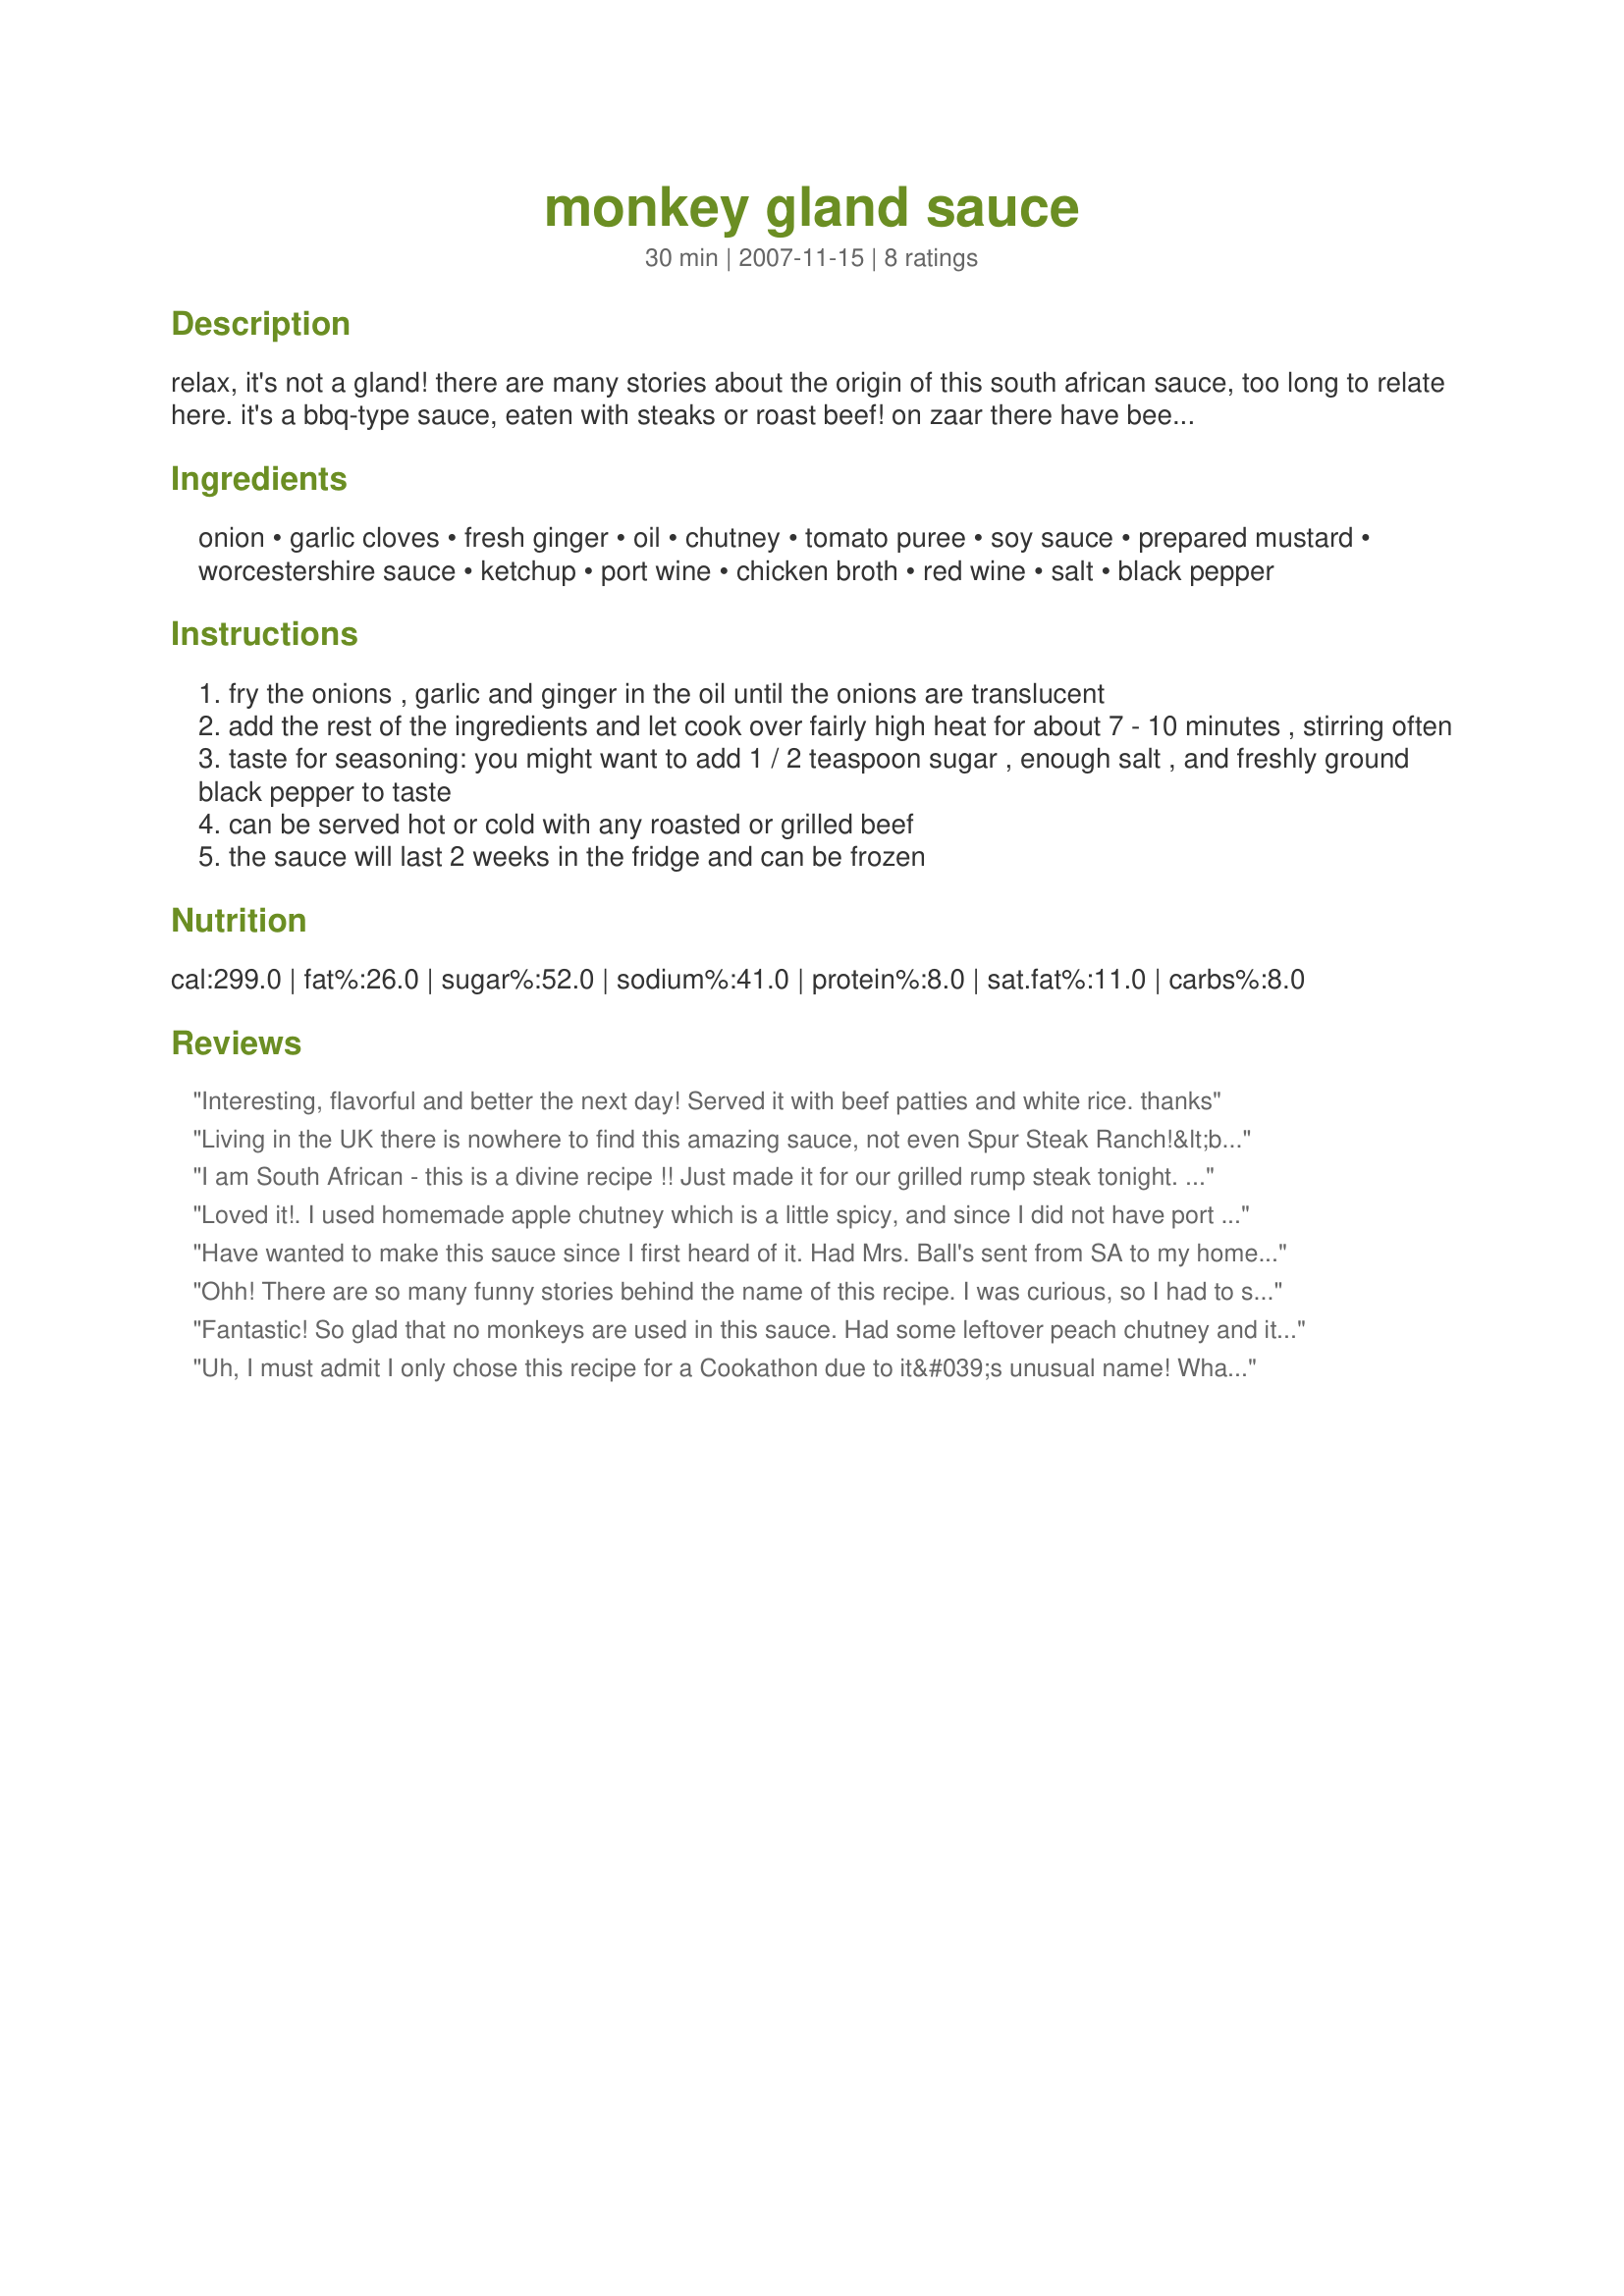
monkey gland sauce
Preparation time: 30 minutes

relax, it's not a gland! there are many stories about the origin of this south african sauce, too long to relate here. it's a bbq-type sauce, eaten with steaks or roast beef! on zaar there have been several puzzled questions and hearty laughs when this sauce is mentioned, so it's high time zaar had at least one variation of monkey gland in its repertoire! in almost every steakhouse in south africa you can request monkey gland sauce with your grilled steak ...

Ingredients:
onion, garlic cloves, fresh ginger, oil, chutney, tomato puree, soy sauce, prepared mustard, worcestershire sauce, ketchup, port wine, chicken broth, red wine, salt, black pepper

Steps:
fry the onions , garlic and ginger in the oil until the onions are translucent
add the rest of the ingredients and let cook over fairly high heat for about 7 - 10 minutes , stirring often
taste for seasoning: you might want to add 1 / 2 teaspoon sugar , enough salt , and freshly ground black pepper to taste
can be served hot or cold with any roasted or grilled beef
the sauce will last 2 weeks in the fridge and can be frozen

Reviews:
Interesting, flavorful and better the next day! Served it with beef patties and white rice. thanks
Living in the UK there is nowhere to find this amazing sauce, not even Spur Steak Ranch!&lt;br/&gt;So to find this recipe was a real hit at the dinner table.
I am South African - this is a divine recipe !! Just made it for our grilled rump steak tonight. I did not have red wine but used 3tbsp of rice wine instead and Mrs Ball&#039;s chutney (of course !) It is lovely - the best that I have ever tasted in my life. Big Thanks
Loved it!. I used homemade apple chutney which is a little spicy, and since I did not have port wine I used all red-We used it for dipping fried chicken tenders. I think the best part was when my DH asked what it was after he had tasted it and his next bite was &quot;mid-air&quot;. I said &quot;Monkey Gland Sauce&quot; and he froze. After a good giggle I explained the name-I got a few odd looks but he really liked it as much as I did. A keeper for sure!
Have wanted to make this sauce since I first heard of it. Had Mrs. Ball's sent from SA to my home in Siberia just to make this recipe. Turned out great, though I used sweet Georgian wine instead of the Port and Muscadel. Paired with Suya (Nigerian BBQ w/peanuts) and it worked great! Thanks for the recipe!
Ohh! There are so many funny stories behind the name of this recipe. I was curious, so I had to search in the internet.<br/>Really good, with my turkey leftovers (breast roasted and then cooked at low temperature for 3 hours!). I can imagine that this would fit with many other kind of meat.<br/>South Africa is a big Country with a myriad different culinary influences and I believe that this recipe is one of the results of such a multi-cults cuisine. <br/>I'm glad I found this recipe, I tagged this for a game and this was exactly what I needed.<br/>Thanks Zurie for introducing us in such a wonderful world!
Fantastic! So glad that no monkeys are used in this sauce. Had some leftover peach chutney and it worked beautifully in your sauce. I marinated some bnls chicken breasts for about half an hour & then DH set them on the grill. Served with extra monkey gland sauce at the table and we enjoyed very much along with sides of sweet potato, cherry tomatoes from the garden and couscous. Thank you Zurie, for a wonderful bbq sauce that I will make again and again!
Uh, I must admit I only chose this recipe for a Cookathon due to it&#039;s unusual name! What a lovely surprise!!! Followed the recipe exactly as written, except I very finely minced the ginger instead of grating it - as I really like the taste of ginger and wanted a bit of that texture. We don&#039;t eat much beef, and when I do I want to taste it - so I&#039;m not very fond of sauces on steak. However, this sauce makes a believer out of me. So delicious, and so easy to make with ingredients we always have around the house. This does make a lot, so next time I will reduce to half a recipe for just the two of us and will still have plenty left over to enjoy for a few days! Thanks for posting, Zurie! I really enjoyed researching the origins of this sauce on the web and look forward to serving this to company to see the looks on their faces when they ask what it is!!!
